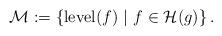
LaTeX: \begin{align*}\mathcal{M}:=\left\{ \mathrm{level}(f) \ | \ f \in \mathcal{H}(g)\right\}.\end{align*}